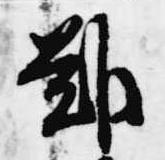
難